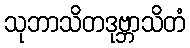
သုဘာသိတဒုဗ္ဘာသိတံ